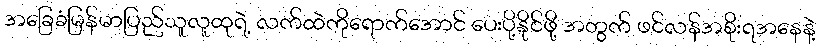
အခြေခံမြန်မာပြည်သူလူထုရဲ့ လက်ထဲကိုရောက်အောင် ပေးပို့နိုင်ဖို့ အတွက် ဖင်လန်အစိုးရအနေနဲ့